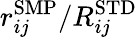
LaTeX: r_{ij}^{\mathrm{{SMP}}}/R_{ij}^{\mathrm{{STD}}}